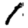
Digit: 1